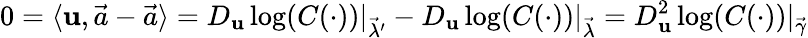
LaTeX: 0=\langle\mathbf{u},{\vec{{a}}}-{\vec{{a}}}\rangle=D_{\mathbf{u}}\log(C(\cdot))\vert_{{\vec{{\lambda}}}^{\prime}}-D_{\mathbf{u}}\log(C(\cdot))\vert_{\vec{{\lambda}}}=D_{\mathbf{u}}^{2}\log(C(\cdot))\vert_{\vec{{\gamma}}}